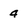
Character: 4